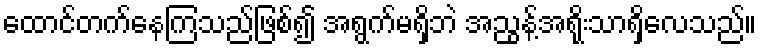
ထောင်တက်နေကြသည်ဖြစ်၍ အရွက်မရှိဘဲ အညွန့်အရိုးသာရှိလေသည်။